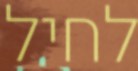
לחיל